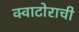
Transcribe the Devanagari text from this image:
क्वाटोराची